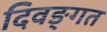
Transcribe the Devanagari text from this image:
दिवङ्गत